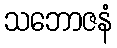
သဘောဇနံ